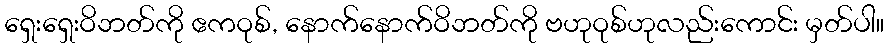
ရှေးရှေးဝိဘတ်ကို ဧကဝုစ်, နောက်နောက်ဝိဘတ်ကို ဗဟုဝုစ်ဟုလည်းကောင်း မှတ်ပါ။